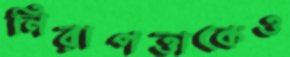
নিরাপত্তাকেও